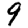
Digit: 9